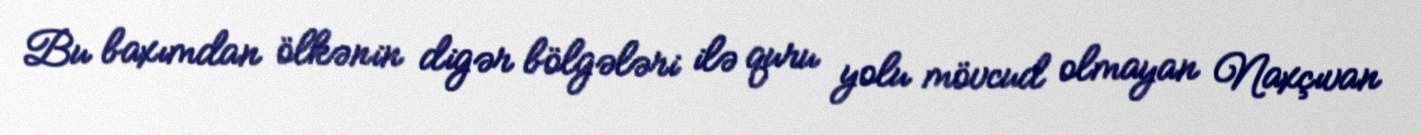
Bu baxımdan ölkənin digər bölgələri ilə quru yolu mövcud olmayan Naxçıvan